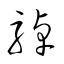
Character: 綽